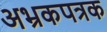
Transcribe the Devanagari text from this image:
अभ्रकपत्रक